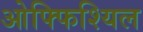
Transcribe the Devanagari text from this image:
ओफ्फिश्यिल